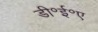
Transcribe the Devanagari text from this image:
डी॰ई॰ए